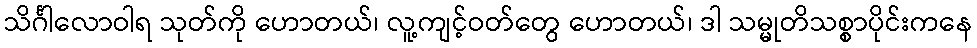
သိင်္ဂါလောဝါရ သုတ်ကို ဟောတယ်၊ လူ့ကျင့်ဝတ်တွေ ဟောတယ်၊ ဒါ သမ္မုတိသစ္စာပိုင်းကနေ